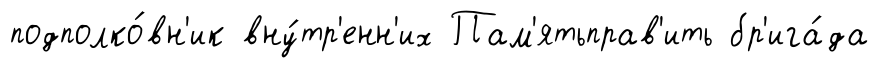
подполко́вн'ик вну́тр'енн'их Пам'ятьправ'ить бр'ига́да